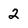
Character: 2